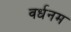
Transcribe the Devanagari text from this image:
वर्धनम